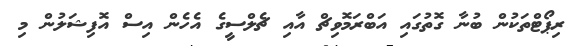
ރިޕޯޓްތަކުން ބުނާ ގޮތުގައި އަބްރަމޮވިޗް އާއި ޗެލްސީގެ އެހެން އިސް އޮފިޝަލުން މި